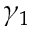
\gamma _ { 1 }